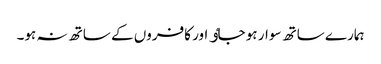
ہمارے ساتھ سوار ہو جاٶ اور کافروں کے ساتھ نہ ہو۔